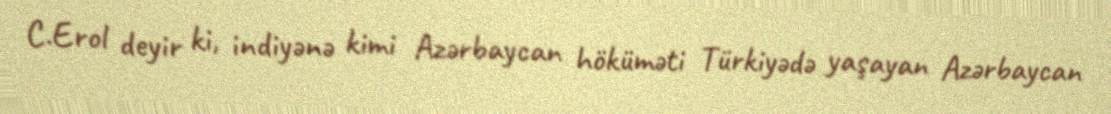
C.Erol deyir ki, indiyənə kimi Azərbaycan höküməti Türkiyədə yaşayan Azərbaycan